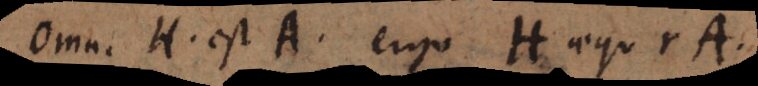
Omn. H est A, ergo H aequ. rA.